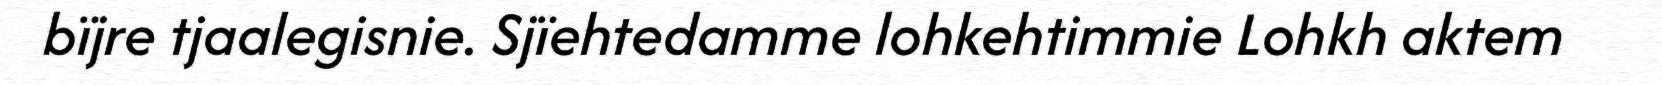
bïjre tjaalegisnie. Sjïehtedamme lohkehtimmie Lohkh aktem